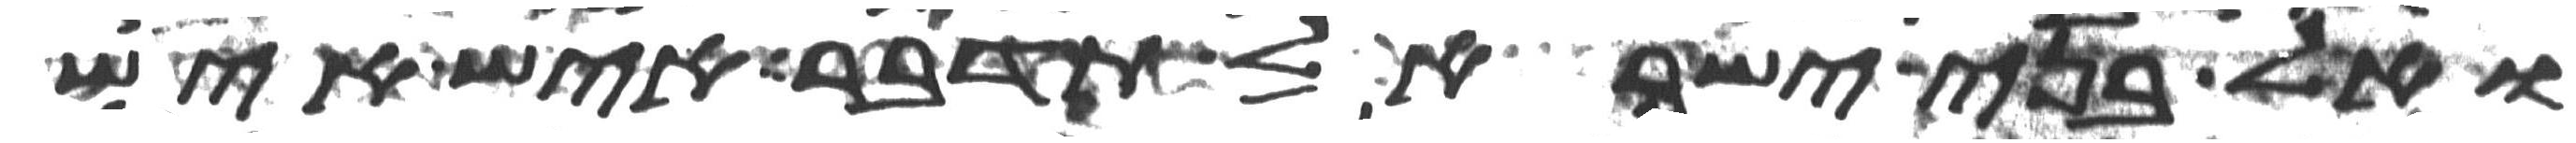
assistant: ואל בני ישראל תדבר איש איש